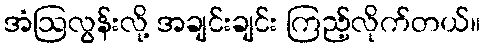
အံဩလွန်းလို့ အချင်းချင်း ကြည့်လိုက်တယ်။